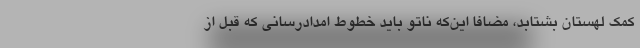
کمک لهستان بشتابد، مضافا این‌که ناتو باید خطوط امدادرسانی که قبل از